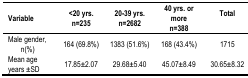
<table><thead><tr><td><b>Variable</b></td><td><b>&lt;20 yrs. n=235</b></td><td><b>20–39 yrs. n=2682</b></td><td><b>40 yrs. or more n=388</b></td><td><b>Total</b></td></tr></thead><tbody><tr><td>Male gender, n(%)</td><td>164 (69.8%)</td><td>1383 (51.6%)</td><td>168 (43.4%)</td><td>1715</td></tr><tr><td>Mean age years ±SD</td><td>17.85±2.07</td><td>29.68±5.40</td><td>45.07±8.49</td><td>30.65±8.32</td></tr></tbody></table>